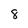
Character: 8